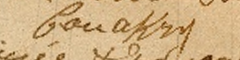
Conakry